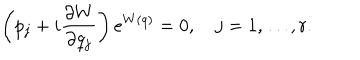
\left( p _ { j } + i { \frac { \partial W } { \partial q _ { j } } } \right) e ^ { W ( q ) } = 0 , \quad j = 1 , \ldots , r .